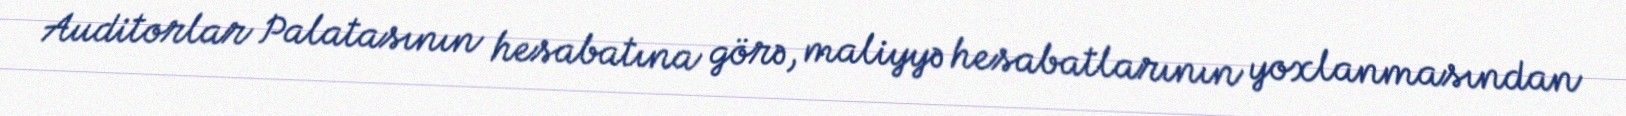
Auditorlar Palatasının hesabatına görə, maliyyə hesabatlarının yoxlanmasından